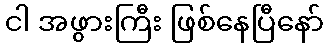
ငါ အဖွားကြီး ဖြစ်နေပြီနော်